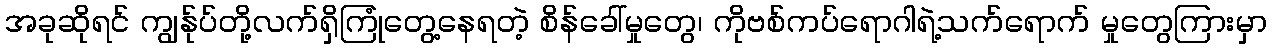
အခုဆိုရင် ကျွန်ုပ်တို့လက်ရှိကြုံတွေ့နေရတဲ့ စိန်ခေါ်မှုတွေ၊ ကိုဗစ်ကပ်ရောဂါရဲ့သက်ရောက် မှုတွေကြားမှာ